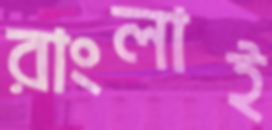
রাংলাই